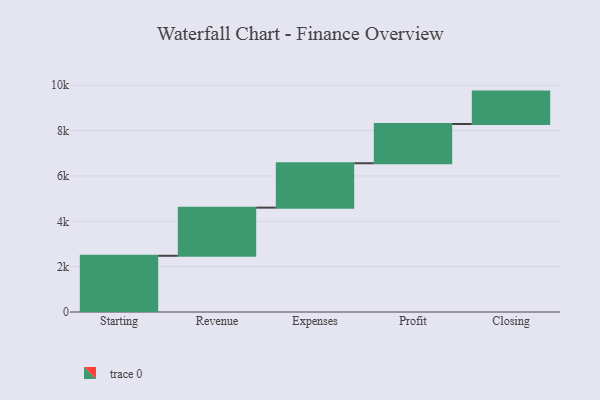
{"axis": {"x": "Step", "y": "Value"}, "legend": [""], "data": [{"x": "Starting", "y": 2480.0, "type": ""}, {"x": "Revenue", "y": 2123.0, "type": ""}, {"x": "Expenses", "y": 1958.0, "type": ""}, {"x": "Profit", "y": 1731.0, "type": ""}, {"x": "Closing", "y": 1429.0, "type": ""}]}